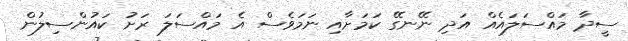
ސީދާ މައްސަލައެއް އަދި ނޭނގޭ ކަމަށާއި ނަމަވެސް އެ މައްސަލަ ރަށު ކައުންސިލުން